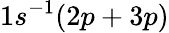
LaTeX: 1s^{-1}(2p+3p)